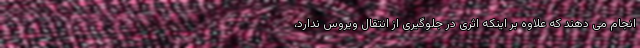
انجام می دهند که علاوه بر اینکه اثری در جلوگیری از انتقال ویروس ندارد،